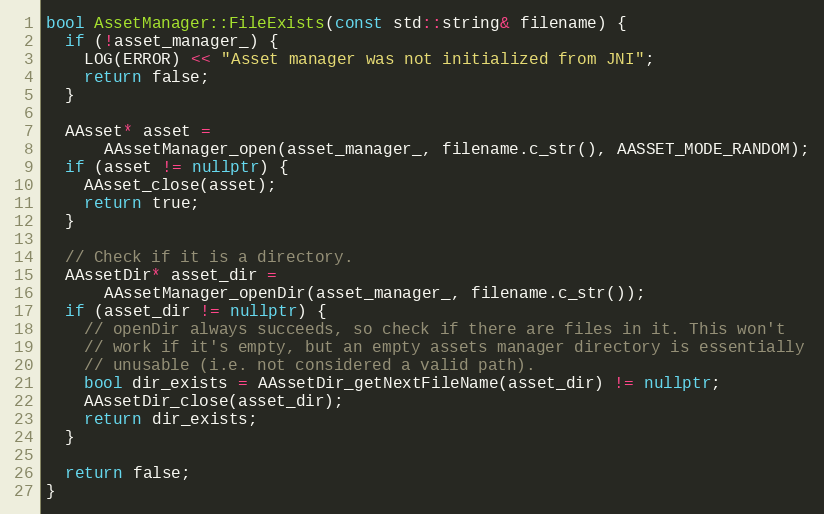
Language: C++
bool AssetManager::FileExists(const std::string& filename) {
  if (!asset_manager_) {
    LOG(ERROR) << "Asset manager was not initialized from JNI";
    return false;
  }

  AAsset* asset =
      AAssetManager_open(asset_manager_, filename.c_str(), AASSET_MODE_RANDOM);
  if (asset != nullptr) {
    AAsset_close(asset);
    return true;
  }

  // Check if it is a directory.
  AAssetDir* asset_dir =
      AAssetManager_openDir(asset_manager_, filename.c_str());
  if (asset_dir != nullptr) {
    // openDir always succeeds, so check if there are files in it. This won't
    // work if it's empty, but an empty assets manager directory is essentially
    // unusable (i.e. not considered a valid path).
    bool dir_exists = AAssetDir_getNextFileName(asset_dir) != nullptr;
    AAssetDir_close(asset_dir);
    return dir_exists;
  }

  return false;
}